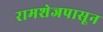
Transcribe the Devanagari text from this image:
रामशेजपासून